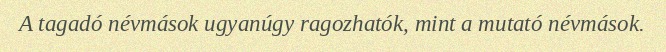
A tagadó névmások ugyanúgy ragozhatók, mint a mutató névmások.